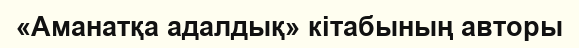
«Аманатқа адалдық» кітабының авторы